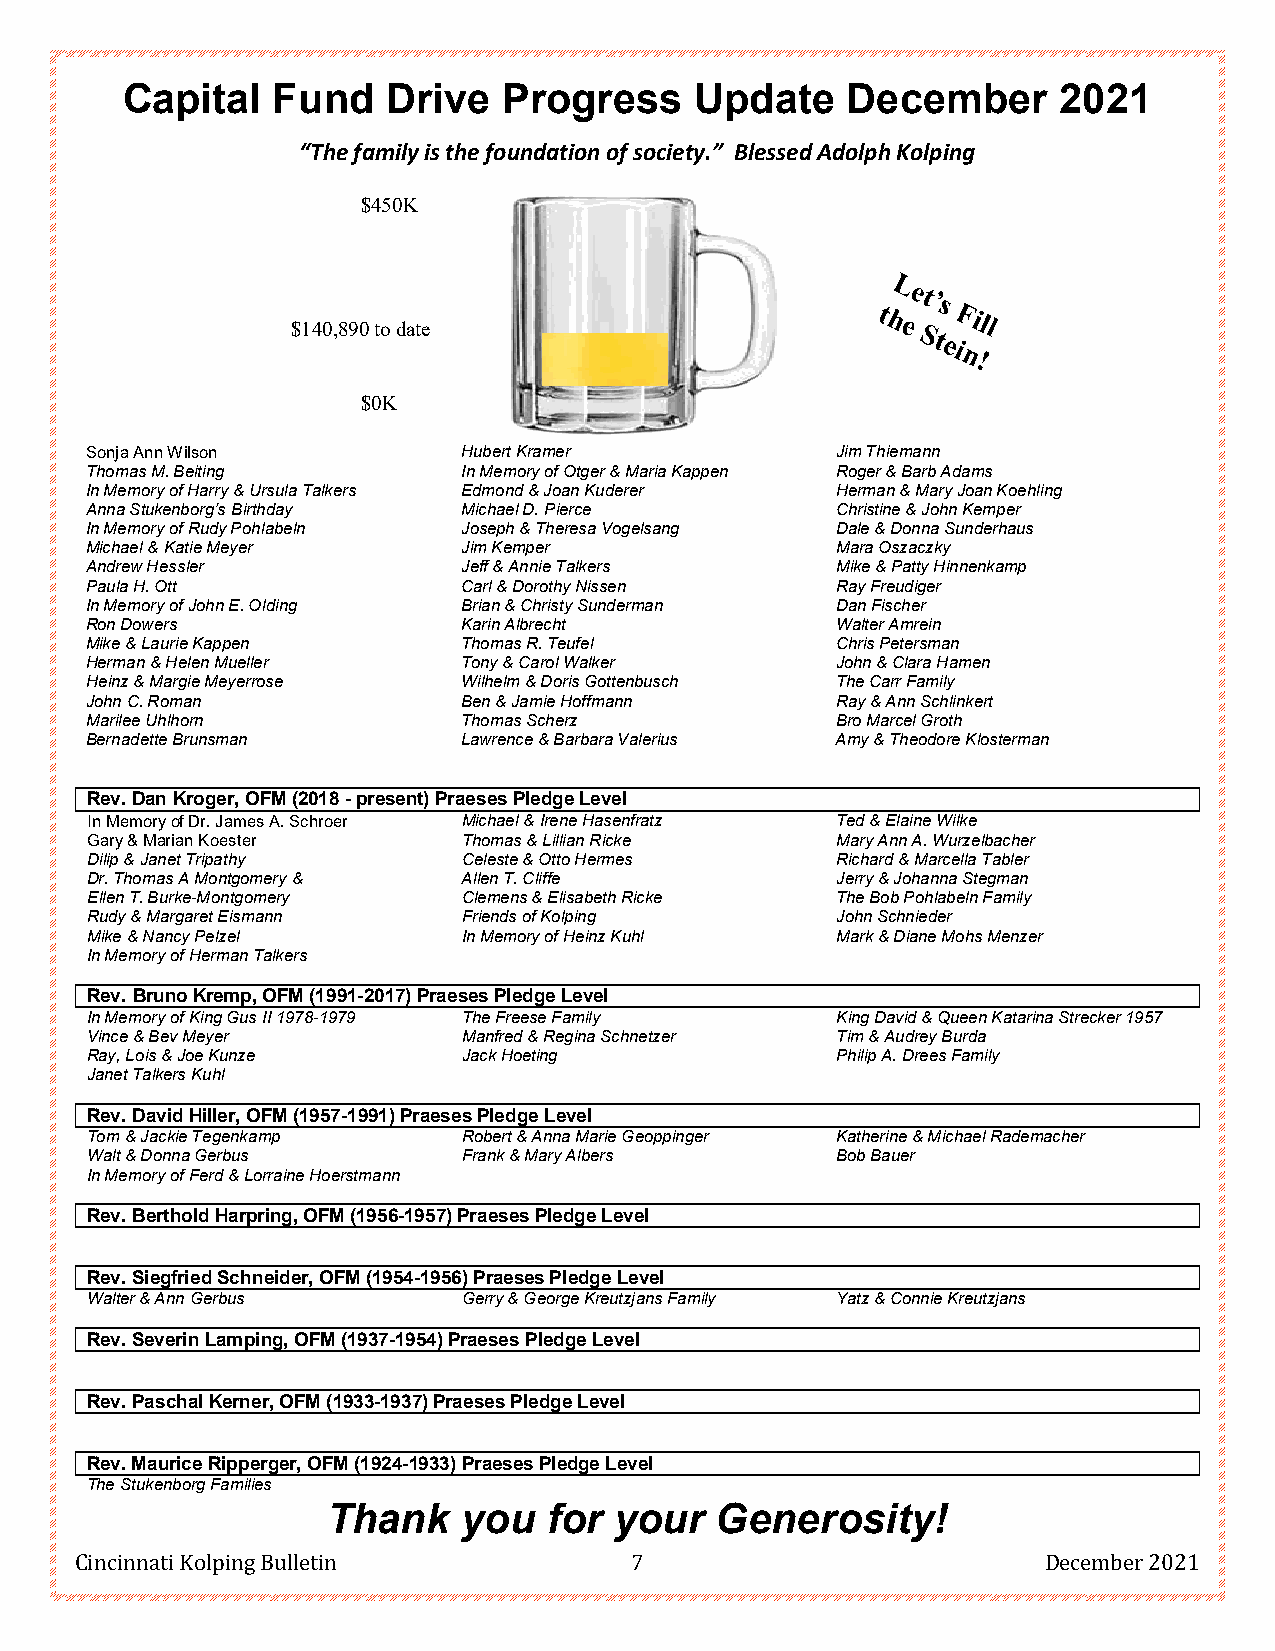
Capital   Fund    Drive  Progress     Update    December      2021
 “The family is the foundation of society.” Blessed Adolph Kolping
 $450K
 $140,890 to date
 $0K
 Sonja Ann Wilson         Hubert Kramer           Jim Thiemann
 Thomas M. Beiting        In Memory of Otger & Maria Kappen Roger & Barb Adams
 In Memory of Harry & Ursula Talkers Edmond & Joan Kuderer Herman & Mary Joan Koehling
 Anna Stukenborg’s Birthday Michael D. Pierce     Christine & John Kemper
 In Memory of Rudy Pohlabeln Joseph & Theresa Vogelsang Dale & Donna Sunderhaus
 Michael & Katie Meyer    Jim Kemper              Mara Oszaczky
 Andrew Hessler           Jeff & Annie Talkers    Mike & Patty Hinnenkamp
 Paula H. Ott             Carl & Dorothy Nissen   Ray Freudiger
 In Memory of John E. Olding Brian & Christy Sunderman Dan Fischer
 Ron Dowers               Karin Albrecht          Walter Amrein
 Mike & Laurie Kappen     Thomas R. Teufel        Chris Petersman
 Herman & Helen Mueller   Tony & Carol Walker     John & Clara Hamen
 Heinz & Margie Meyerrose Wilhelm & Doris Gottenbusch The Carr Family
 John C. Roman            Ben & Jamie Hoffmann    Ray & Ann Schlinkert
 Marilee Uhlhorn          Thomas Scherz           Bro Marcel Groth
 Bernadette Brunsman      Lawrence & Barbara Valerius Amy & Theodore Klosterman
 Rev. Dan Kroger, OFM (2018 - present) Praeses Pledge Level
 In Memory of Dr. James A. Schroer Michael & Irene Hasenfratz Ted & Elaine Wilke
 Gary & Marian Koester    Thomas & Lillian Ricke  Mary Ann A. Wurzelbacher
 Dilip & Janet Tripathy   Celeste & Otto Hermes   Richard & Marcella Tabler
 Dr. Thomas A Montgomery & Allen T. Cliffe        Jerry & Johanna Stegman
 Ellen T. Burke-Montgomery Clemens & Elisabeth Ricke The Bob Pohlabeln Family
 Rudy & Margaret Eismann  Friends of Kolping      John Schnieder
 Mike & Nancy Pelzel      In Memory of Heinz Kuhl Mark & Diane Mohs Menzer
 In Memory of Herman Talkers
 Rev. Bruno Kremp, OFM (1991-2017) Praeses Pledge Level
 In Memory of King Gus II 1978-1979 The Freese Family King David & Queen Katarina Strecker 1957
 Vince & Bev Meyer        Manfred & Regina Schnetzer Tim & Audrey Burda
 Ray, Lois & Joe Kunze    Jack Hoeting            Philip A. Drees Family
 Janet Talkers Kuhl
 Rev. David Hiller, OFM (1957-1991) Praeses Pledge Level
 Tom & Jackie Tegenkamp   Robert & Anna Marie Geoppinger Katherine & Michael Rademacher
 Walt & Donna Gerbus      Frank & Mary Albers     Bob Bauer
 In Memory of Ferd & Lorraine Hoerstmann
 Rev. Berthold Harpring, OFM (1956-1957) Praeses Pledge Level
 Rev. Siegfried Schneider, OFM (1954-1956) Praeses Pledge Level
 Walter & Ann Gerbus      Gerry & George Kreutzjans Family Yatz & Connie Kreutzjans
 Rev. Severin Lamping, OFM (1937-1954) Praeses Pledge Level
 Rev. Paschal Kerner, OFM (1933-1937) Praeses Pledge Level
 Rev. Maurice Ripperger, OFM (1924-1933) Praeses Pledge Level
 The Stukenborg Families
 Thank    you  for  your  Generosity!
 Cincinnati Kolping Bulletin          7                          December 2021